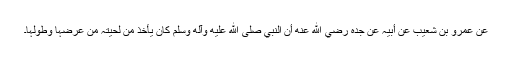
عَنْ عَمْرِو بْنِ شُعَیْبٍ عَنْ أَبِیْہِ عَنْ جَدِّہٖ رضي الله عنه أَنَّ النَّبِيَّ صلى الله عليه وآله وسلم کَانَ یَأْخُذُ مِنْ لِحْیَتِہٖ مِنْ عَرْضِہَا وَطُوْلِہَا۔